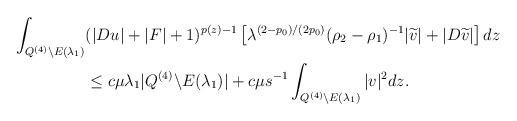
LaTeX: \begin{align*}\int_{ Q^{(4)}\backslash E(\lambda_1)}&(|Du|+|F|+1)^{p(z)-1}\left[\lambda^{(2-p_0)/(2p_0)}(\rho_2-\rho_1)^{-1}|\widetilde{v}|+|D\widetilde{v}|\right]dz\\&\leq c\mu\lambda_1|Q^{(4)}\backslash E(\lambda_1)|+c\mu s^{-1}\int_{Q^{(4)}\backslash E(\lambda_1)}|v|^2dz.\end{align*}